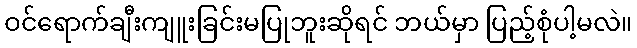
ဝင်ရောက်ချီးကျူးခြင်းမပြုဘူးဆိုရင် ဘယ်မှာ ပြည့်စုံပါ့မလဲ။